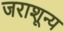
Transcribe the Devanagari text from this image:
जराशून्य